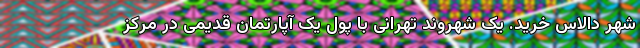
شهر دالاس خرید. یک شهروند تهرانی با پول یک آپارتمان قدیمی در مرکز